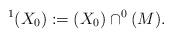
LaTeX: \begin{align*}^1(X_0):=(X_0)\cap ^0(M).\end{align*}